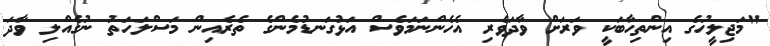
"މަޖިލީހުގެ އިންތިހާބަކީ ވަރަށް ވާދަވެރި އެހެންނަމަވެސް އަޅުގަނޑުމެންގެ ތެރެއިން މަސްލަހަތު ނުގެއްލި ވާދަ